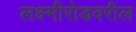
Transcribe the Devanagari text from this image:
लक्ष्मीरोडवरील